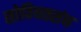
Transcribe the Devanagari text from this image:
सोवियतसंघ